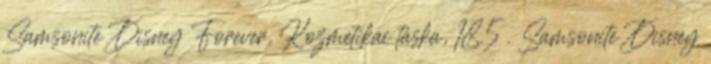
Samsonite Disney Forever, Kozmetikai táska, 18.5 . Samsonite Disney